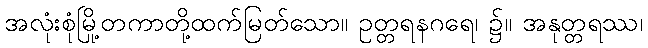
အလုံးစုံမြို့တကာတို့ထက်မြတ်သော။ ဥတ္တရနဂရေ၊ ၌။ အနုတ္တရဿ၊